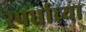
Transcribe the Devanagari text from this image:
स्पर्धाच्या